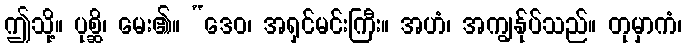
ဤသို့။ ပုစ္ဆိ၊ မေး၏။ “ဒေဝ၊ အရှင်မင်းကြီး။ အဟံ၊ အကျွန်ုပ်သည်။ တုမှာကံ၊